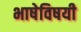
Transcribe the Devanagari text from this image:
भाषेविषयी